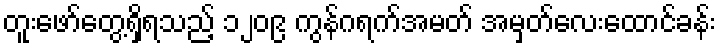
တူးဖော်တွေ့ရှိရသည့် ၁၂၀၉ ကွန်ဂရက်အမတ် အမှတ်လေးထောင်ခန်း